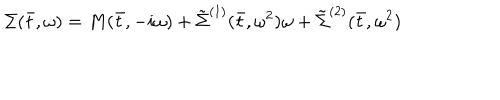
\Sigma ( \bar { t } , \omega ) = M ( \bar { t } , - i \omega ) + \tilde { \Sigma } ^ { ( 1 ) } ( \bar { t } , \omega ^ { 2 } ) \omega + \tilde { \Sigma } ^ { ( 2 ) } ( \bar { t } , \omega ^ { 2 } )